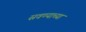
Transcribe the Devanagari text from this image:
स्रवण्याच्या